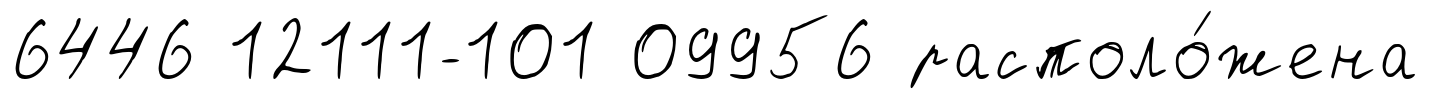
6446 12111-101 09956 располо́жена